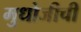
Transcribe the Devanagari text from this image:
मुधोजीची